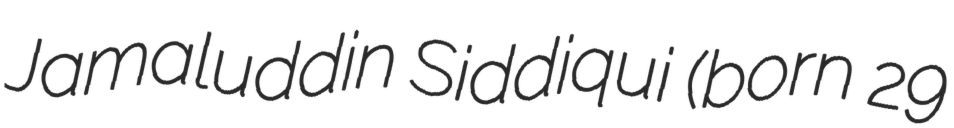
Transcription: Jamaluddin Siddiqui (born 29